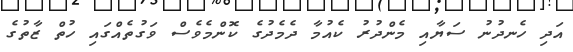
އަދި ހެނދުނު ސަޔާއި މެންދުރު ކެއުމާ ދެމެދުގެ ކޮންމެވެސް ވަގުތެއްގައި ހުތް ޒާތުގެ